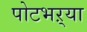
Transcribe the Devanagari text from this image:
पोटभऱ्या